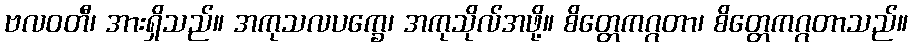
ဗလဝတီ၊ အားရှိသည်။ အကုသလပက္ခေ၊ အကုသိုလ်အဖို့။ စိတ္တေကဂ္ဂတာ၊ စိတ္တေကဂ္ဂတာသည်။